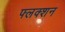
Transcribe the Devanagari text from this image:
फ्लक्शन